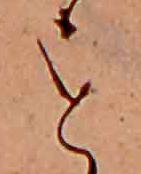
を